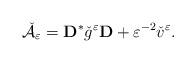
LaTeX: \begin{align*}\check{\mathcal{A}}_\varepsilon =\mathbf{D}^*\check{g}^\varepsilon \mathbf{D}+\varepsilon ^{-2}\check{v}^\varepsilon.\end{align*}